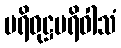
ပရိဝုဋ္ဌပရိဝါသံ